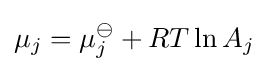
\mu _{j}=\mu _{j}^{\ominus }+RT\ln {A_{j}}